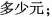
多少元；